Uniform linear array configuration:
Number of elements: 16
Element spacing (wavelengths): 0.25
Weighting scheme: kaiser
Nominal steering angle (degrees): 60
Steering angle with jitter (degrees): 58.384
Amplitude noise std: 0.05
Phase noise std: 0.05

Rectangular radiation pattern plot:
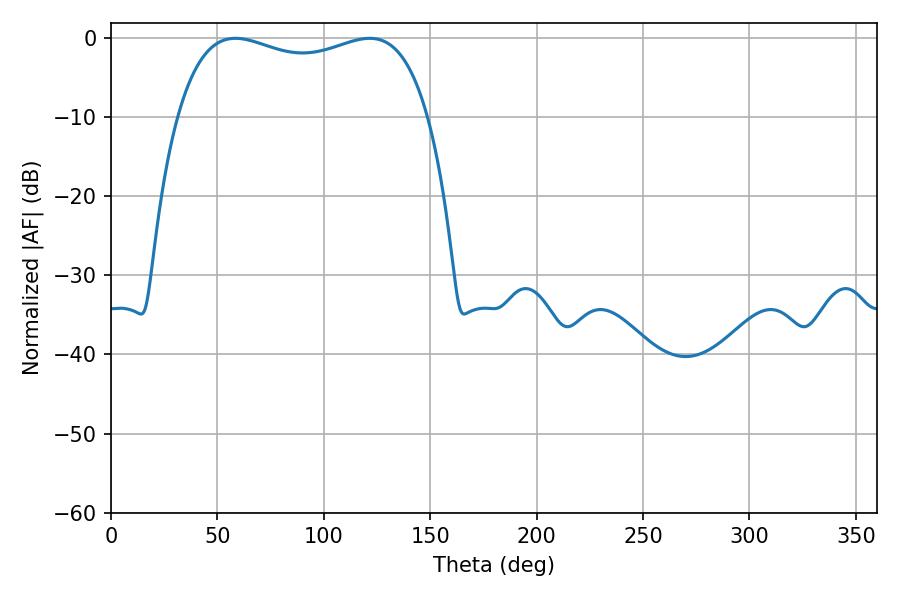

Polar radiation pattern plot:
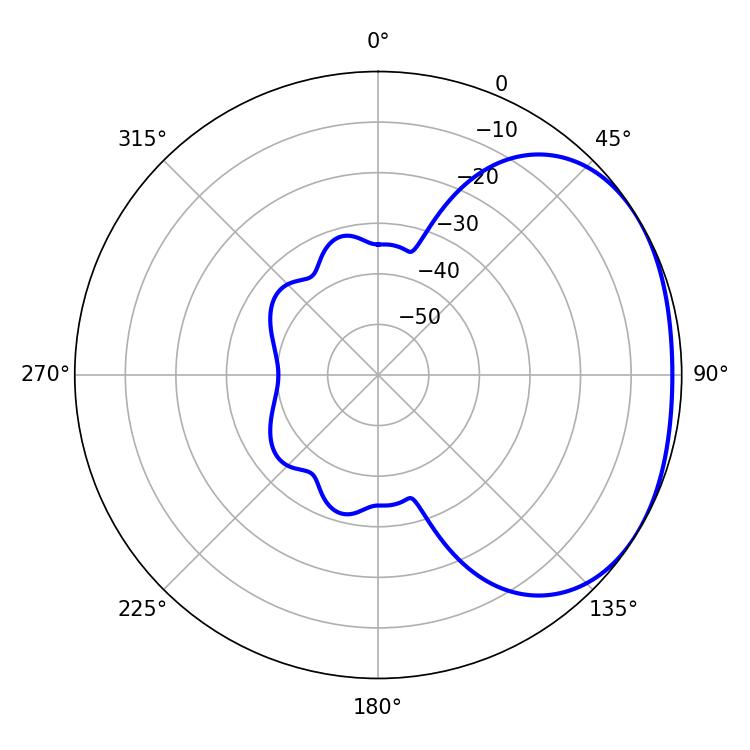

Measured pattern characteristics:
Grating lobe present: FALSE
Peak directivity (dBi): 1.934
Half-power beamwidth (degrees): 96.48
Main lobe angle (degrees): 58.5